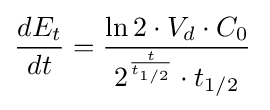
{dE_{t} \over dt}={{\frac {\ln 2\cdot {V_{d}\cdot {C_{0}}}}{2^{\frac {t}{t_{1/2}}}\cdot {t_{1/2}}}}\,}